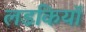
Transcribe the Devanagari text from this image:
लडकियॉ